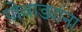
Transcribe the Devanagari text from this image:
पोवाड्यांना